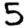
Digit: 5